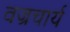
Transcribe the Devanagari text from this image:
वज्रचार्य